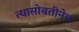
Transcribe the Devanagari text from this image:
त्यासोबतीनेच